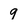
Character: 9